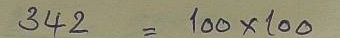
342 = 100 x 100